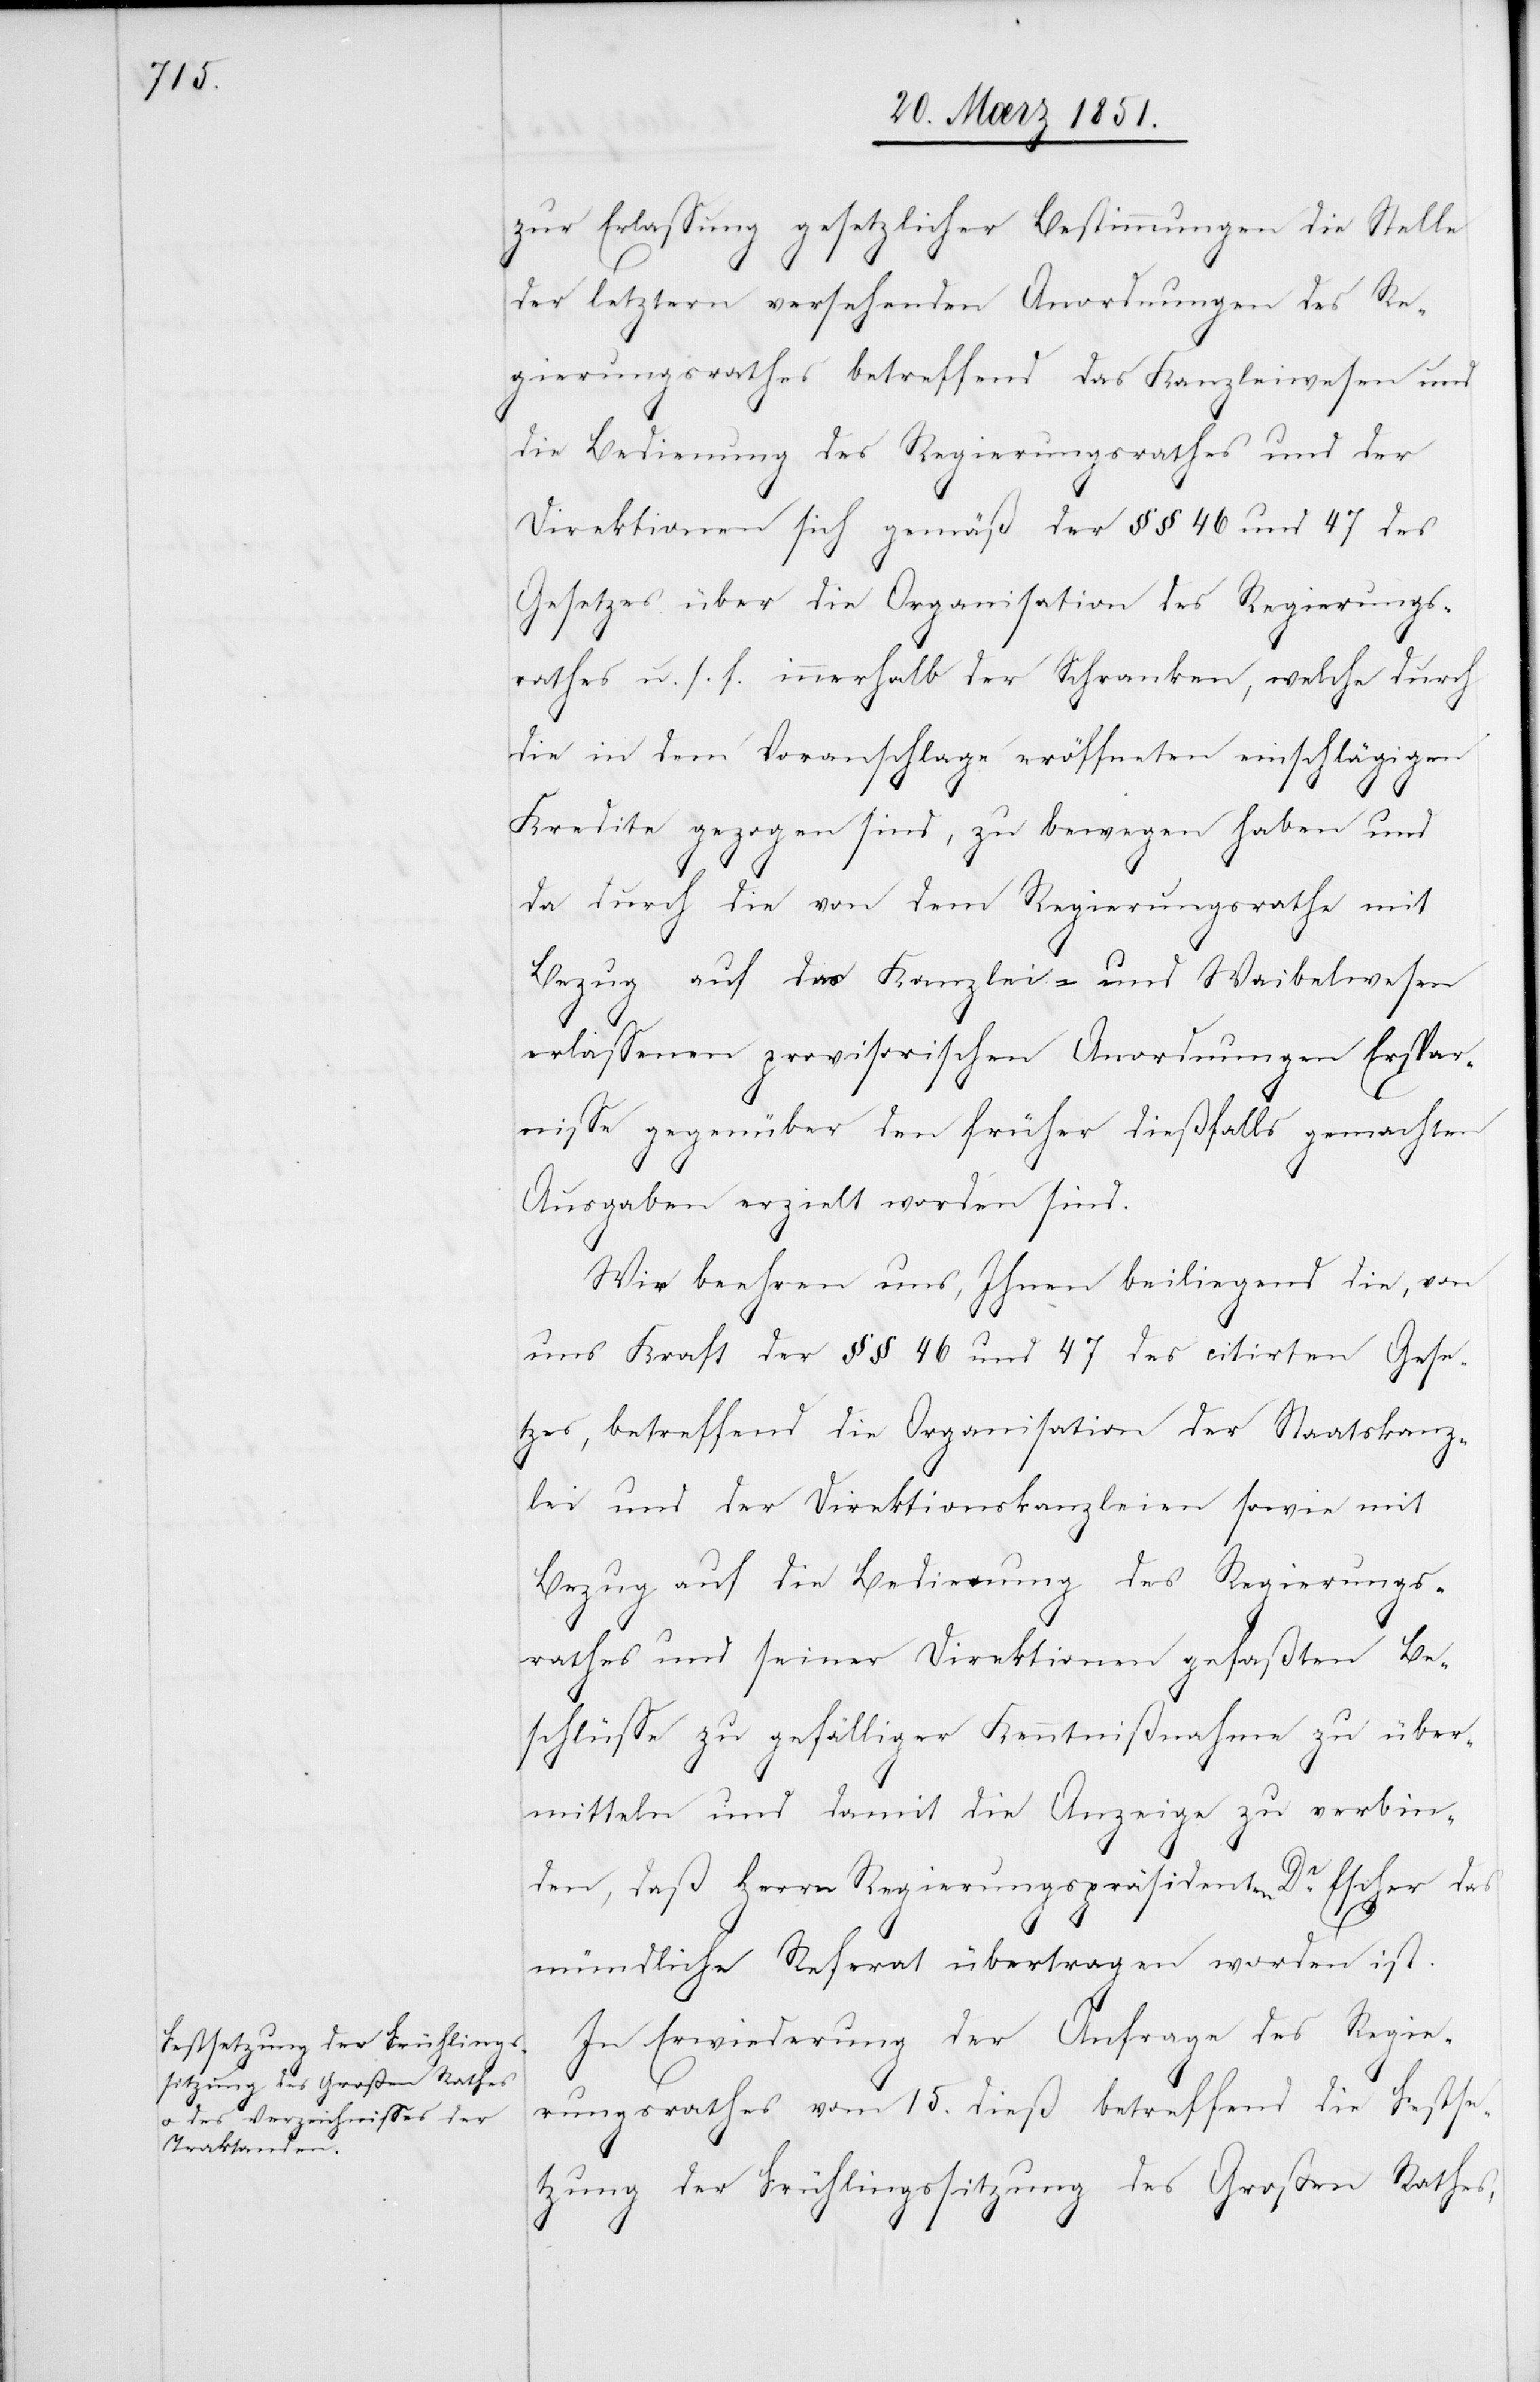
zur Erlassung gesetzlicher Bestimmungen die Stelle
der letztern versehenden Anordnungen des Re¬
gierungsrathes betreffend das Kanzleiwesen und
die Bedienung des Regierungsrathes und der
Direktionen sich gemäß der §§ 46 und 47 des
Gesetzes über die Organisation des Regierungs¬
rathes u. s. f. innerhalb der Schranken, welche durch
die in dem Voranschlage eröffneten einschlägigen
Kredite gezogen sind, zu bewegen haben und
da durch die von dem Regierungsrathe mit
Bezug auf das Kanzlei- und Waibelwesen
erlassenen provisorischen Anordnungen Erspar¬
nisse gegenüber den früher dießfalls gemachten
Ausgaben erzielt worden sind.
Wir beehren uns, Ihnen beiliegend die, von
uns Kraft der §§ 46 und 47 des citirten Gese¬
tzes, betreffend die Organisation der Staatskanz¬
lei und der Direktionskanzleien sowie mit
Bezug auf die Bedienung des Regierungs¬
rathes und seiner Direktionen gefaßten Be¬
schlüsse zu gefälliger Kenntnißnahme zu über¬
mitteln und damit die Anzeige zu verbin¬
den, daß Herrn Regierungspräsidenten Dr. Escher das
mündliche Referat übertragen worden ist.
In Erwiederung der Anfrage des Regie¬
rungsrathes vom 15. dieß betreffend die Festse¬
tzung der Frühlingssitzung des Großen Rathes,